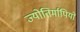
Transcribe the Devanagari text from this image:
ज्योतिर्मापियों